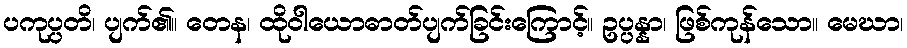
ပကုပ္ပတိ၊ ပျက်၏။ တေန၊ ထိုဝါယောဓာတ်ပျက်ခြင်းကြောင့်။ ဥပ္ပန္နာ၊ ဖြစ်ကုန်သော။ မေဃာ၊